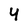
Character: 4